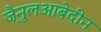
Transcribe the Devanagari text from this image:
जै़नुलआबेदीन